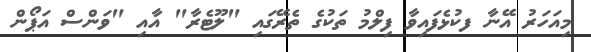
މިއަހަރު އޭނާ ފކުޅެފައިވާ ފިލްމު ތަކުގެ ތެރޭގައި "ލޫޓެރާ" އާއި "ވަންސް އަޕޯން